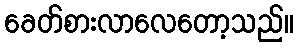
ခေတ်စားလာလေတော့သည်။